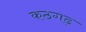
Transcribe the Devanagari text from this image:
कठगढ़